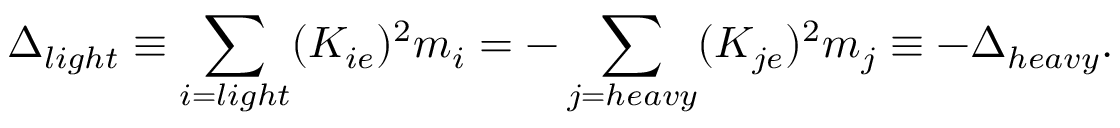
\Delta _ { l i g h t } \equiv \sum _ { i = l i g h t } ( K _ { i e } ) ^ { 2 } m _ { i } = - \sum _ { j = h e a v y } ( K _ { j e } ) ^ { 2 } m _ { j } \equiv - \Delta _ { h e a v y } .